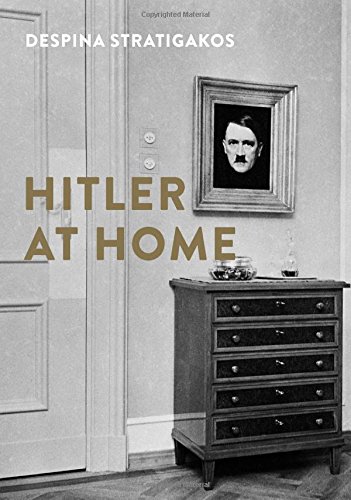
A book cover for Hitler at Home; Despina Stratigakos; Crafts, Hobbies & Home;